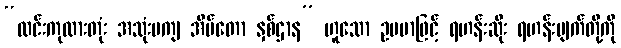
“ထင်းကုလားတုံး အသုံးမကျ အိမ်တော နှစ်ဌာန” ဟူသော ဥပမာဖြင့် ရဟန်းဆိုး ရဟန်းပျက်တို့ကို